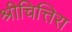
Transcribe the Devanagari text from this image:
श्रीचित्तिरा